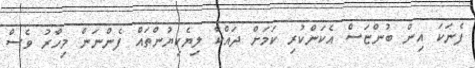
ފެނަކަ އިން ބުންޏަސް އެކަންކުރި ކަމަށް ދައްކާ ލިޔެކިޔުންތައް ފެންނަން މިހާރު ވެސް